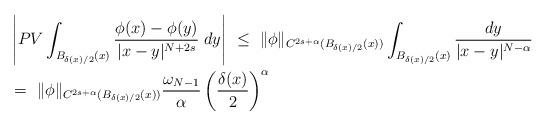
LaTeX: \begin{align*}& \left|PV\int_{B_{\delta(x)/2}(x)}\frac{\phi(x)-\phi(y)}{|x-y|^{N+2s}}\;dy\right|\ \leq\ \|\phi\|_{C^{2s+\alpha}(B_{\delta(x)/2}(x))}\int_{B_{\delta(x)/2}(x)}\frac{dy}{|x-y|^{N-\alpha}}\ \\& =\ \|\phi\|_{C^{2s+\alpha}(B_{\delta(x)/2}(x))}\frac{\omega_{N-1}}{\alpha}\left(\frac{\delta(x)}{2}\right)^\alpha\end{align*}